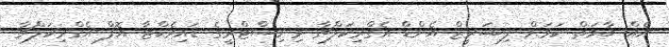
އެއް ބާވަތް ކަމަށް ފިޝަރީޒް އެންޑް އެގްރިކަލްޗާ މިނިސްޓްރީގެ ޑައިރެކްޓާ އޮފް އެގްރިކަލްޗާ